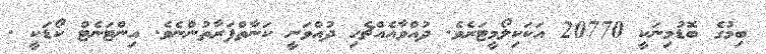
ބިމުގެ ބޮޑުމިނަކީ 20770 އަކަކިލޯމީޓަރެވެ. ދުއްވާއެއްޗެހި ދުއްވަނީ ކަނާތްފަރާތުންނެވެ. އިންޓަނެޓް ކޯޑަކީ .